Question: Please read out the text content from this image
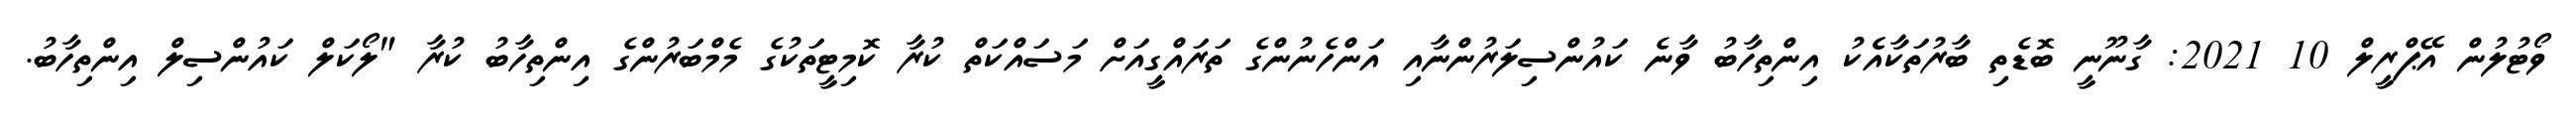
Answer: ވޯޓުލުން އޭޕްރީލް 10 2021: ގާނޫނީ ބޮޑެތި ބާރުތަކާއެެކު އިންތިހާބު ވާނެ ކައުންސިލަރުންނާއި އަންހެނުންގެ ތަރައްގީއަށް މަސައްކަތް ކުރާ ކޮމިޓީތަކުގެ މެމްބަރުންގެ އިންތިހާބު ކުރާ "ލޯކަލް ކައުންސިލް އިންތިހާބު.